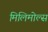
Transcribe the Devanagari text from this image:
मिलिमोल्स